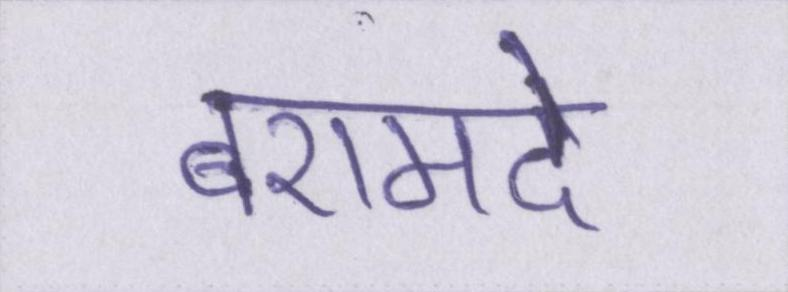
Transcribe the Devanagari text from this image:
बरामदे